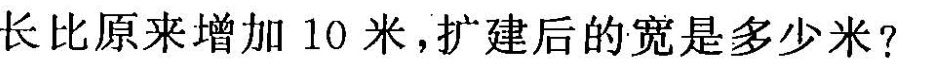
长比原来增加10米，扩建后的宽是多少米?